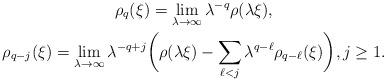
LaTeX: \begin{gather*} \rho_q(\xi) = \lim_{\lambda \rightarrow \infty} \lambda^{-q} \rho(\lambda \xi), \\ \rho_{q-j}(\xi) = \lim_{\lambda \rightarrow \infty} \lambda^{-q+j}\biggl( \rho(\lambda \xi)- \sum_{\ell <j} \lambda^{q-\ell} \rho_{q-\ell}(\xi)\biggl), j\geq 1. \end{gather*}